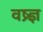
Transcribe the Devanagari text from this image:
वष्र्ज्ञ